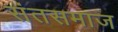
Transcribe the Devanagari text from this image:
संतसमाज